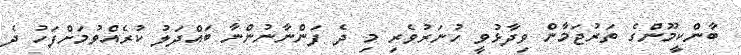
ބާންކީމޫންގެ ތަރުޖަމާން ވިދާޅުވީ ހުނަރުވެރި މި ދެ ފަންނާނުންނާ ބައްދަލު ކުރެއްވުމަށްފަހު ދެ